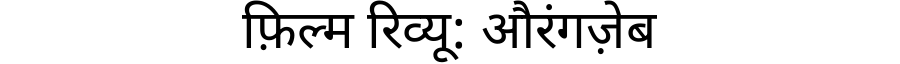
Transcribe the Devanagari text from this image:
फ़िल्म रिव्यू: औरंगज़ेब